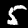
Digit: 5